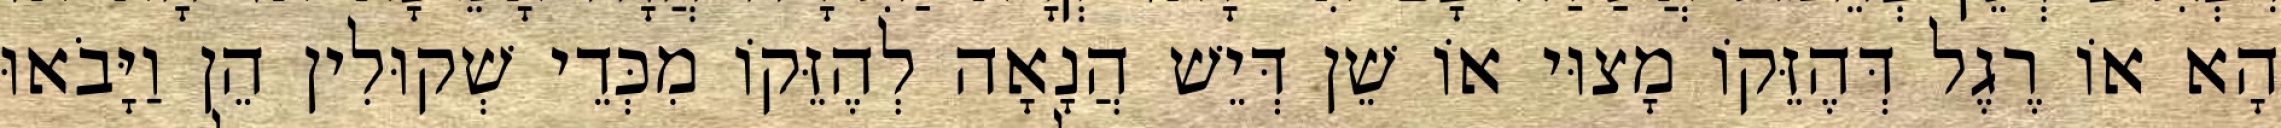
הָא אוֹ רֶגֶל דְּהֶזֵּקוֹ מָצוּי אוֹ שֵׁן דְּיֵשׁ הֲנָאָה לְהֶזֵּקוֹ מִכְּדֵי שְׁקוּלִין הֵן וַיָּבֹאוּ